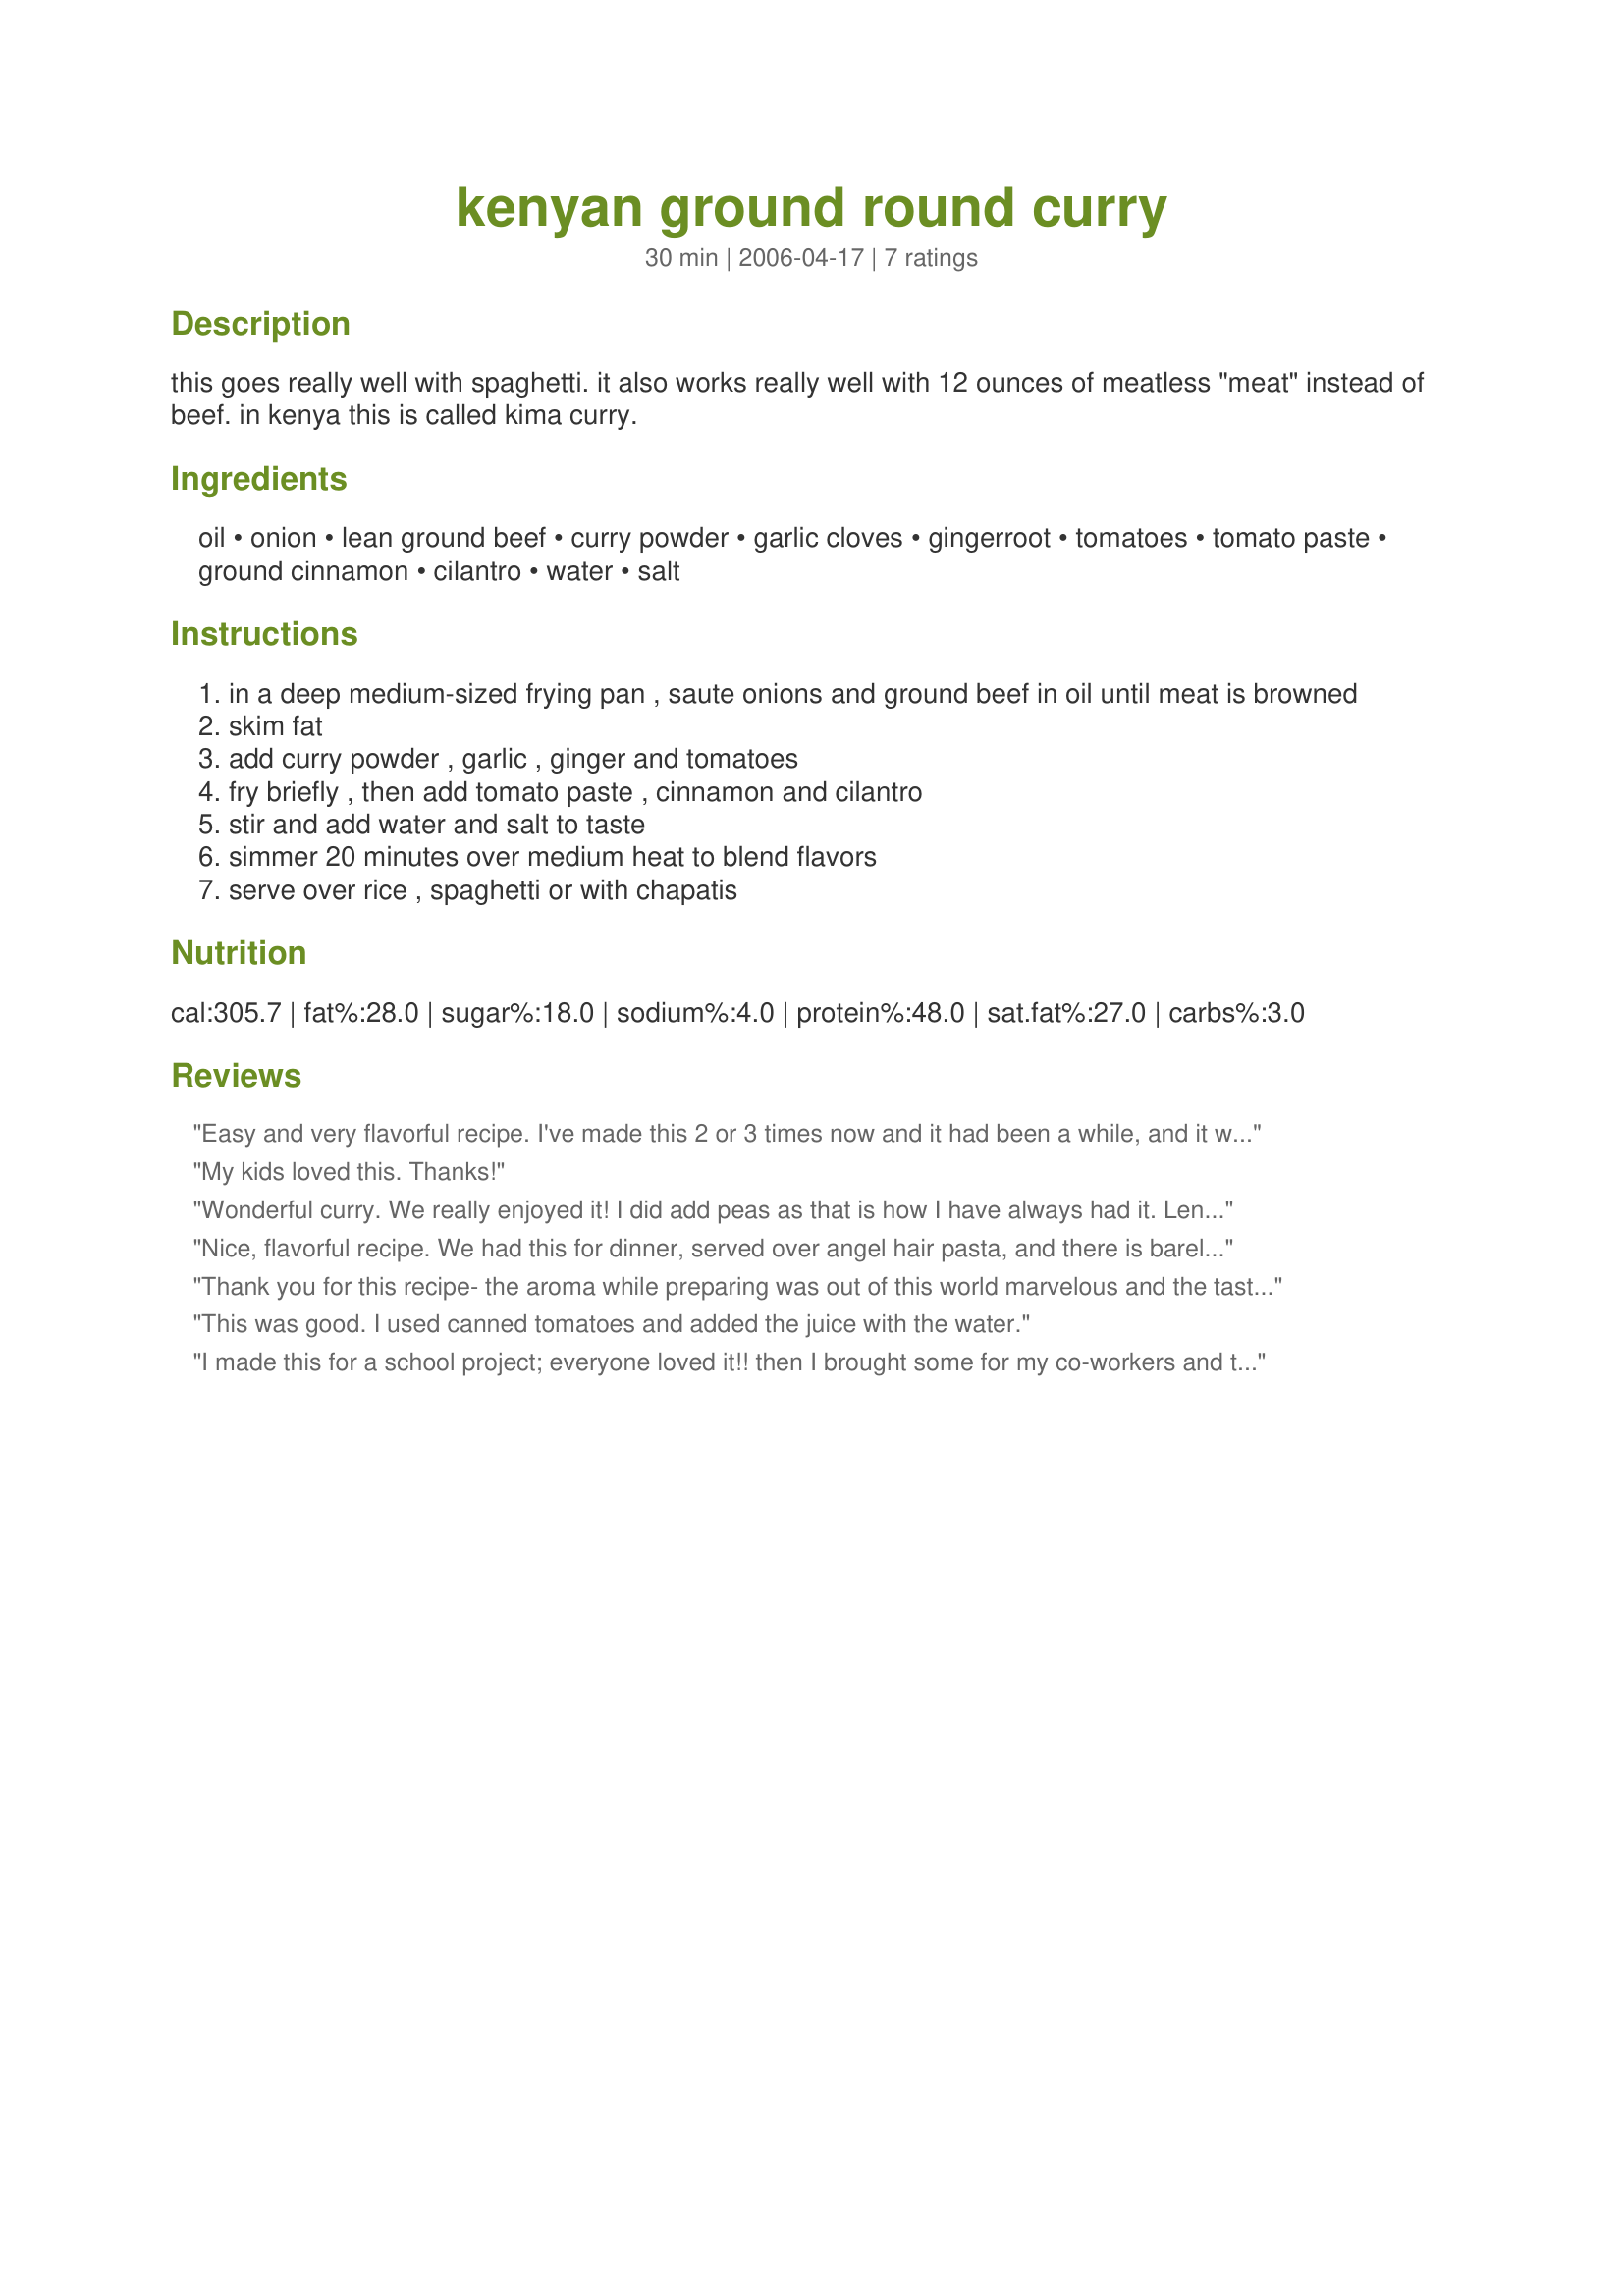
kenyan ground round curry
Preparation time: 30 minutes

this goes really well with spaghetti. it also works really well with 12 ounces of meatless "meat" instead of beef. in kenya this is called kima curry.

Ingredients:
oil, onion, lean ground beef, curry powder, garlic cloves, gingerroot, tomatoes, tomato paste, ground cinnamon, cilantro, water, salt

Steps:
in a deep medium-sized frying pan , saute onions and ground beef in oil until meat is browned
skim fat
add curry powder , garlic , ginger and tomatoes
fry briefly , then add tomato paste , cinnamon and cilantro
stir and add water and salt to taste
simmer 20 minutes over medium heat to blend flavors
serve over rice , spaghetti or with chapatis

Reviews:
Easy and very flavorful recipe. I've made this 2 or 3 times now and it had been a while, and it was even better than I had remembered it. I used the canned tomatoes (drained) and then added the reserved juice in place of the water, only until I had the desired consistency. Something about this creates a very nice thick broth. I served with lavash (along the lines of chapati or injera), so I kept it on the thicker side. I used carrots cooked with cumin and the rest of my tomato juice for a vegetable. Thanks for posting!
My kids loved this. Thanks!
Wonderful curry. We really enjoyed it! I did add peas as that is how I have always had it. Lends a wee bit of colour to the dish. I served this with "recipe #109803" and basmati rice. Thank you for sharing. Made this for African Recipe Fun.
Nice, flavorful recipe. We had this for dinner, served over angel hair pasta, and there is barely anything left! I sauteed the beef and onions separately as I don't like onions cooked in beef grease. I only used a smidge of oil for the onions, otherwise I left it out. Wasn't sure what to do with the garlic so I minced it. Also, wasn't sure if canned tomatoes should be drained or not (I did not). I used a sweet curry.
Thank you for this recipe- the aroma while preparing was out of this world marvelous and the taste was superb. I am not a fan of putting sauce on spaghetti - but I will make this as our regular sauce in the future - I'd give you more stars if possible- thank you again.
This was good. I used canned tomatoes and added the juice with the water.
I made this for a school project; everyone loved it!! then I brought some for my co-workers and they liked it so much they want the recipe!!
